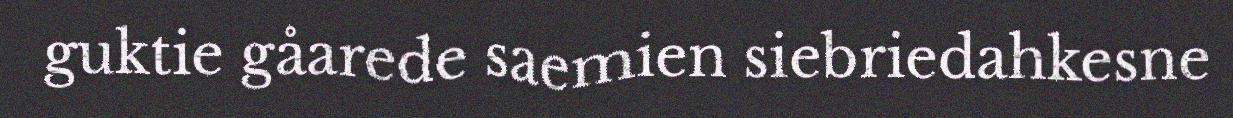
guktie gåarede saemien siebriedahkesne